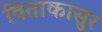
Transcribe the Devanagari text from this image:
विताकासुर